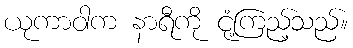
ယုကာဝါက နာရီကို ငုံ့ကြည့်သည်။